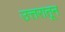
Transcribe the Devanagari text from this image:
उत्तरातून